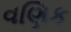
વણિક